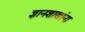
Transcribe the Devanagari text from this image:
ज्ञानशाखांना